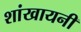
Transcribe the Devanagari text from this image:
शांखायनी